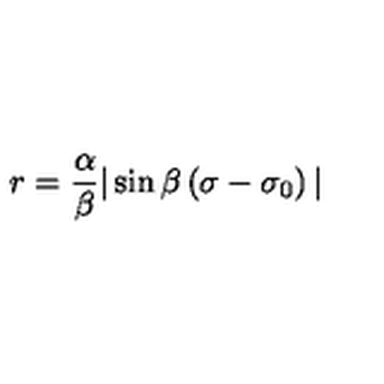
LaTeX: r = \frac { \alpha } { \beta } \vert \sin \beta \left( \sigma - \sigma _ { 0 } \right) \vert